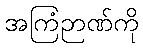
အကြံဉာဏ်ကို